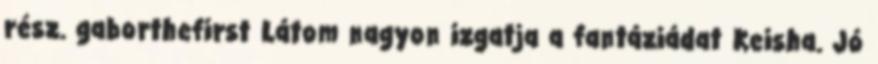
rész. gaborthefirst Látom nagyon izgatja a fantáziádat Keisha. Jó